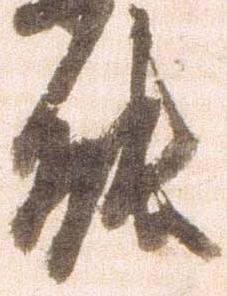
能